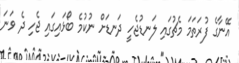
އޭނާގެ ފުރަތަމަ މެޗުގައި ލަނޑުޖެހީ ދަނޑަށް ނުކުމެ ބޯޅައިގައި ޖެހި ދެ ވަނަ